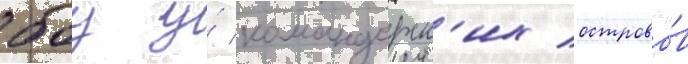
боу у́ командорск'их острово́в